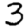
Digit: 3